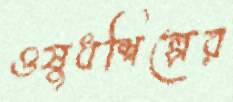
ওষুধশিল্পের